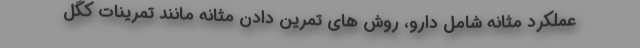
عملکرد مثانه شامل دارو، روش های تمرین دادن مثانه مانند تمرینات کگل